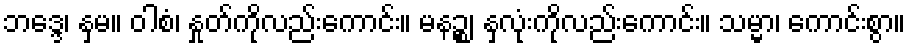
ဘဒ္ဒေ၊ နှမ။ ဝါစံ၊ နှုတ်ကိုလည်းကောင်း။ မနဉ္စ၊ နှလုံးကိုလည်းကောင်း။ သမ္မာ၊ ကောင်းစွာ။